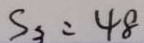
S _ { 3 } = 4 8